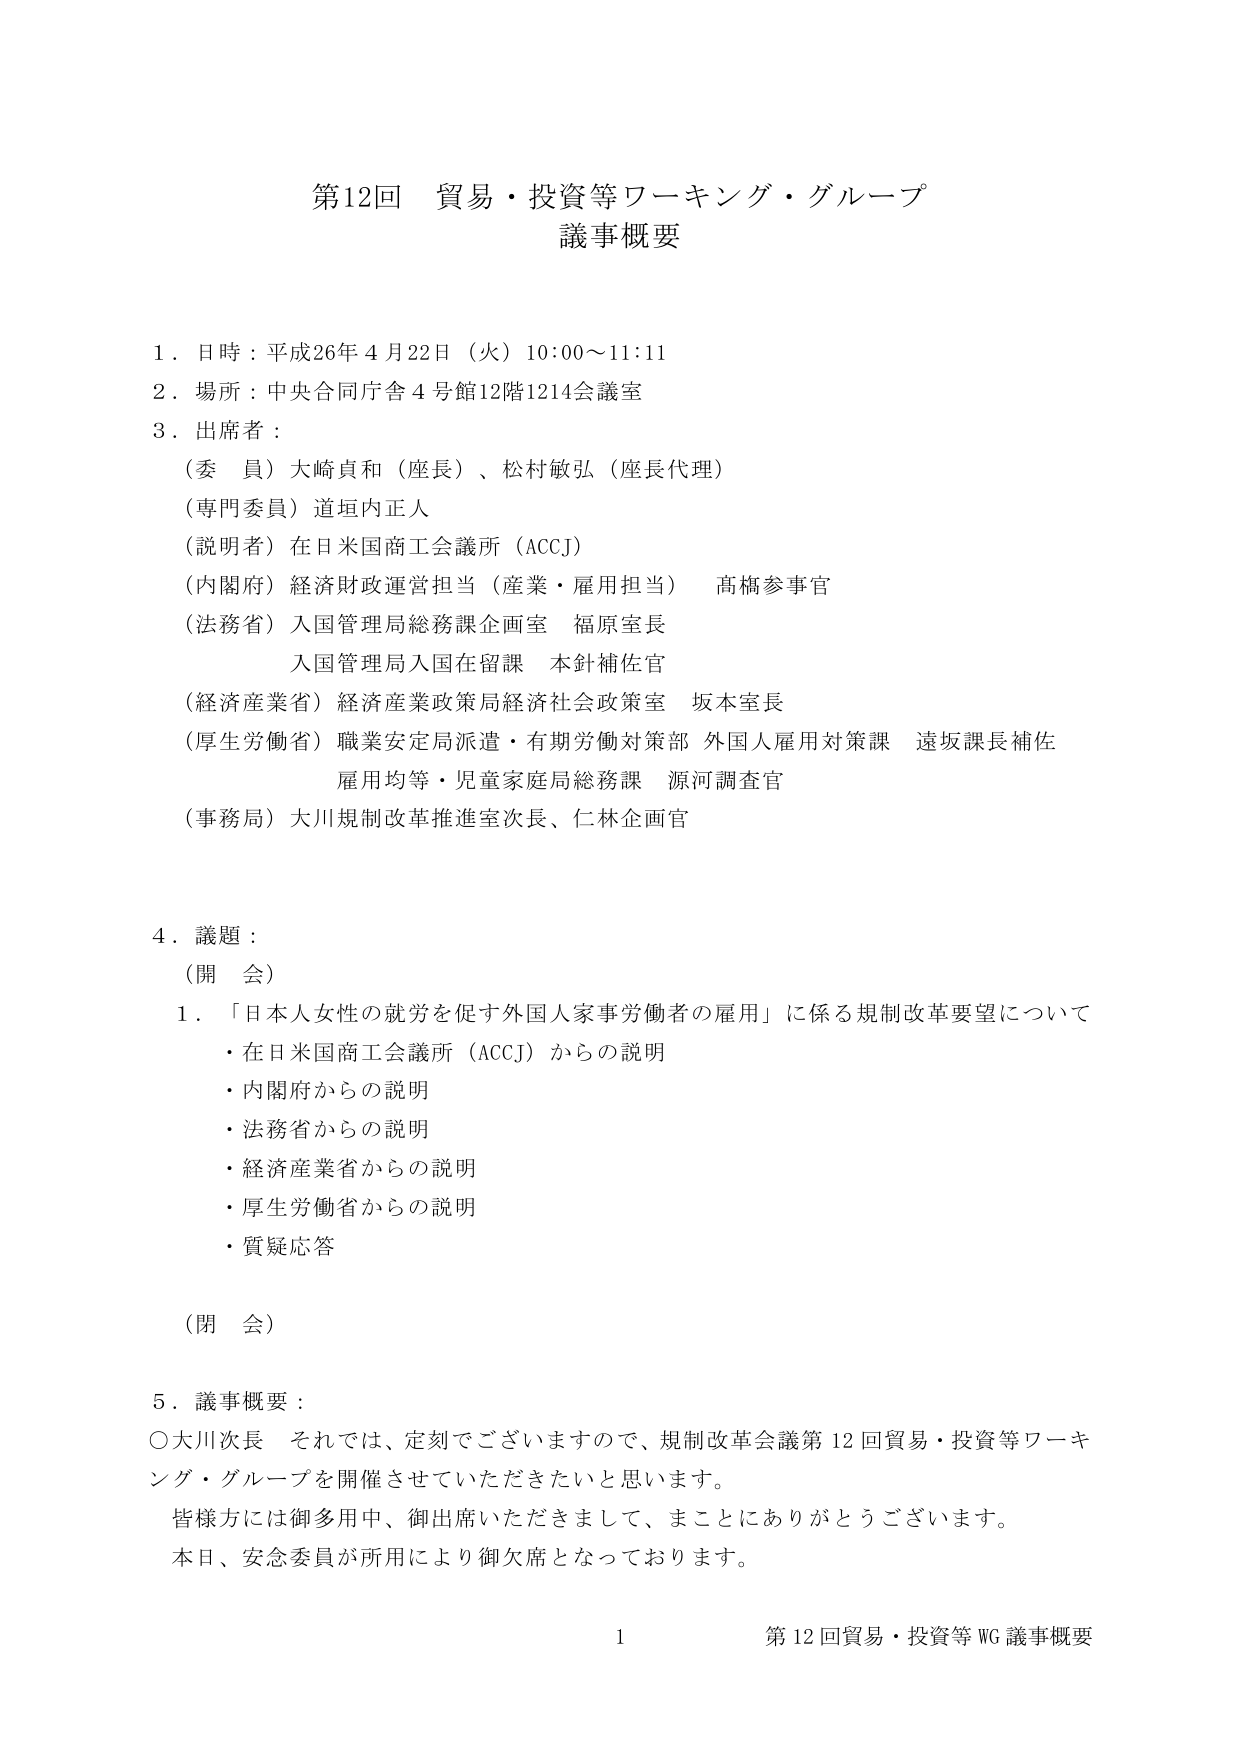
第12回 貿易・投資等ワーキング・グループ
議事概要

1．日時：平成26年4月22日（火）10:00～11:11
2．場所：中央合同庁舎4号館12階1214会議室
3．出席者：
　（委員）大崎貞和（座長）、松村敏弘（座長代理）
　（専門委員）道垣内正人
　（説明者）在日米国商工会議所（ACCJ）
　（内閣府）経済財政運営担当（産業・雇用担当） 髙橋参事官
　（法務省）入国管理局総務課企画室 福原室長
　　　　　入国管理局入国在留課 本針補佐官
　（経済産業省）経済産業政策局経済社会政策室 坂本室長
　（厚生労働省）職業安定局派遣・有期労働対策部 外国人雇用対策課 遠坂課長補佐
　　　　　　雇用均等・児童家庭局総務課 源河調査官
　（事務局）大川規制改革推進室次長、仁林企画官

4．議題：
　（開会）
　1．「日本人女性の就労を促す外国人家事労働者の雇用」に係る規制改革要望について
　　・在日米国商工会議所（ACCJ）からの説明
　　・内閣府からの説明
　　・法務省からの説明
　　・経済産業省からの説明
　　・厚生労働省からの説明
　　・質疑応答
　（閉会）

5．議事概要：
　○大川次長 それでは、定刻でございますので、規制改革会議第12回貿易・投資等ワーキング・グループを開催させていただきたいと思います。
　　皆様方には御多用中、御出席いただきまして、まことにありがとうございます。
　　本日、安念委員が所用により御欠席となっております。

1 第12回貿易・投資等WG議事概要